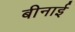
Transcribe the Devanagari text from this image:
बीनाई